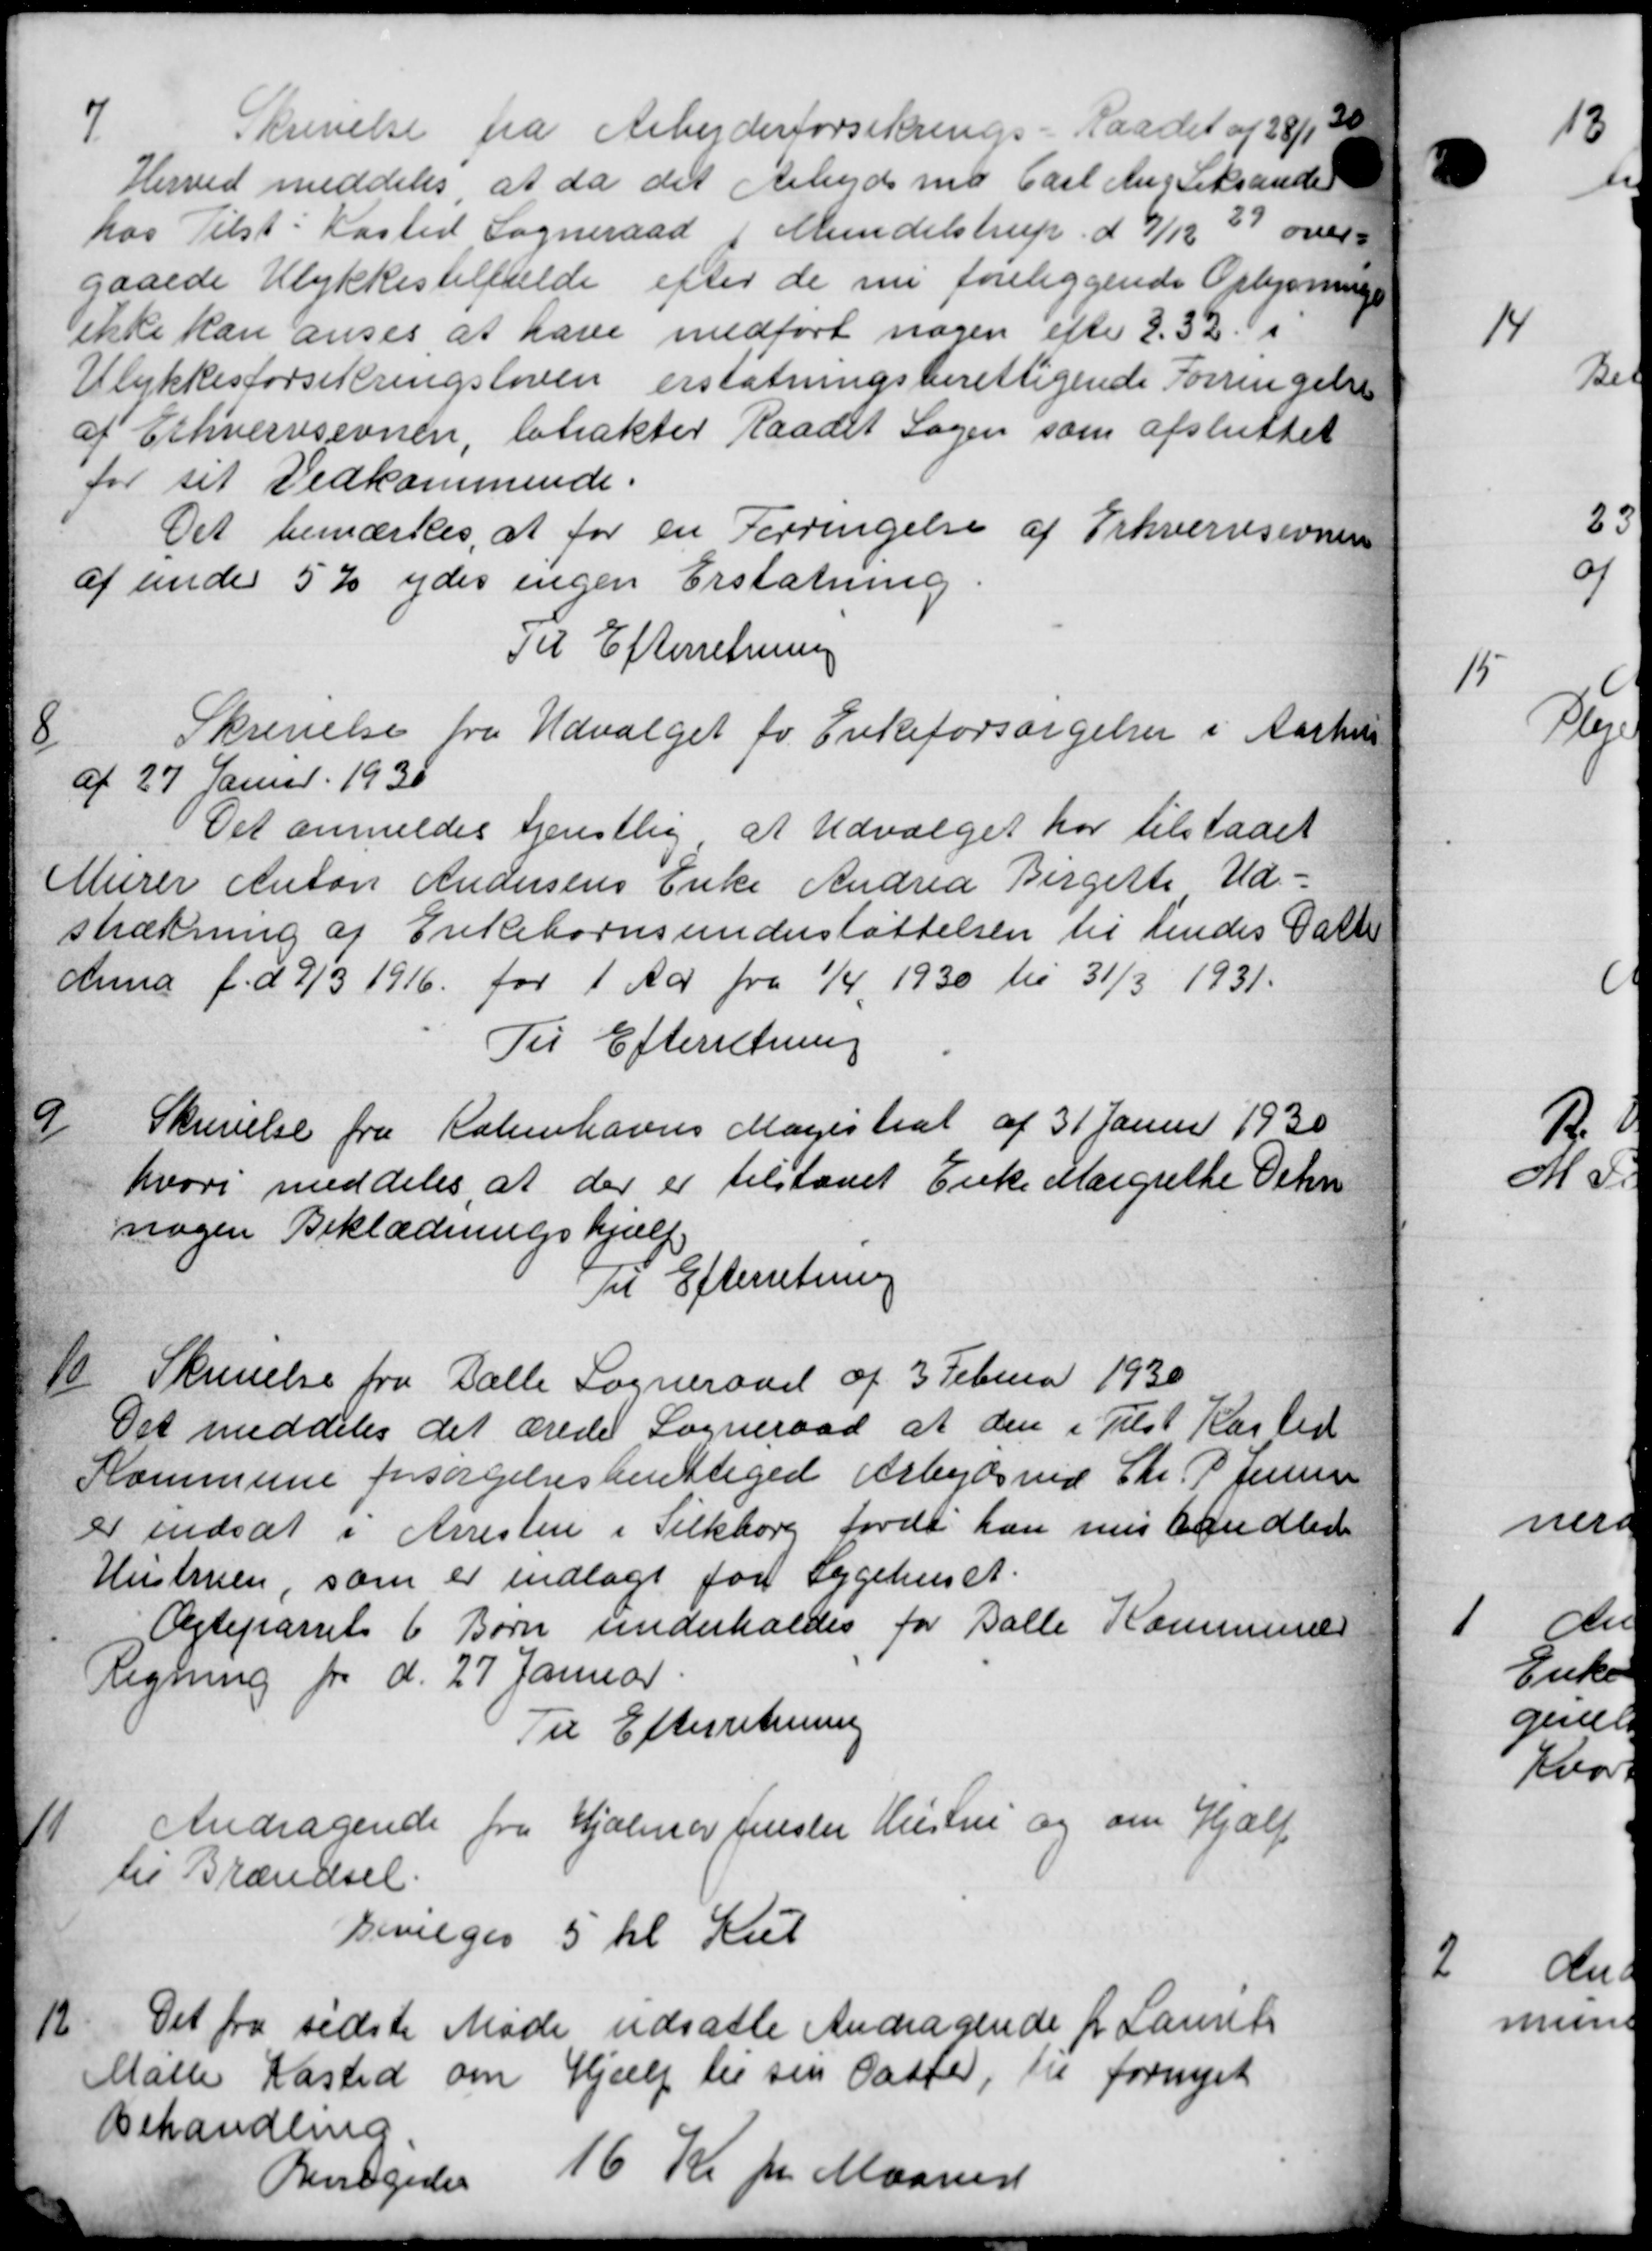
Transskription:
7.
krivelse fra Arbejderforsikrings-Raadet af 28/12
Herved meddeles, at da det Arbejdsmd Carl Ang Seksander
hos Tilst. Kasted Sogneraad i Mundelstrup d 9/12 39 over
gaaede Ulykkestilfulde efter de nu foreliggende Oplysninger
ikke kan anses, at have medført nogen efter 232. i
Ulykkesforsikringsloven erstatningsberettigende Forringelse
af Erhvervsevnen, lobakter Raadet Sagen som afsluttet
for sit Vedkommende.
Det bemærkes, at for en Forringelse af Erhvervssionen
af under 5 % ydes ingen Erstatning.
Til Efterretning
8
Skrivelse fra Udvalget for Enkeforsørgelser i Aarhus
af 27 Januar 1930
Det anmeldes tjenstlig at Udvalget har tilstaaet
Murer Anton Andersens Enke Andrea Bergette Ud=
strækning af Enkebørnsunderstøttelsen til hendes Datter
Anna f. d 9/3 1916 for 1 Aar fra 1/4 1930 til 31/3 1931.
Til Efterretning

Skrivelse fra Københavns Magistrat af 31 Januar 1930
hvori meddeles, at der er tilstaaet Enke Margrethe Orhn
nogen Beklædningshjælp
Til Efterretning
10
Skrivelse fra Dalle Sogneraad af 3 Februar 1930
Det meddeles det ærede Sogneraad at den i Tilst Kasted
Kommune forsørgelsesberettiget Arbejdsmd Chr. P. Jensen
er nedsat i Arresten i Silkborg forde han nus Andlede
Hustruen, som er indlagt for Sygehuset.
Ægteparret 6 Børn underholdes for Balle Kommunes
Regning fra d. 27 Januar.
Til Efterretnin
11
Andragende fra Hjalmer fester Hustru og om Hjælp
til Brændsel.
Bevilges 5 hl Kul
12
Det fra sidste Møde udsatte Andragende for Laurits
Malle Kasted om Hjælp til sin Caster, til fornyet
behandling.
Bevilgedes 16 Kr pr Maaned